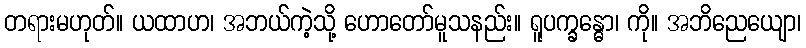
တရားမဟုတ်။ ယထာဟ၊ အဘယ်ကဲ့သို့ ဟောတော်မူသနည်း။ ရူပက္ခန္ဓော၊ ကို။ အဘိညေယျော၊